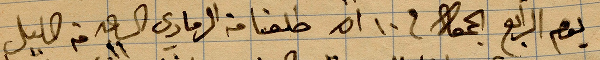
يوم الرابع الجمعة في ١٠ اذار طلقنا من الرمادي الساعة ١١ من الليل